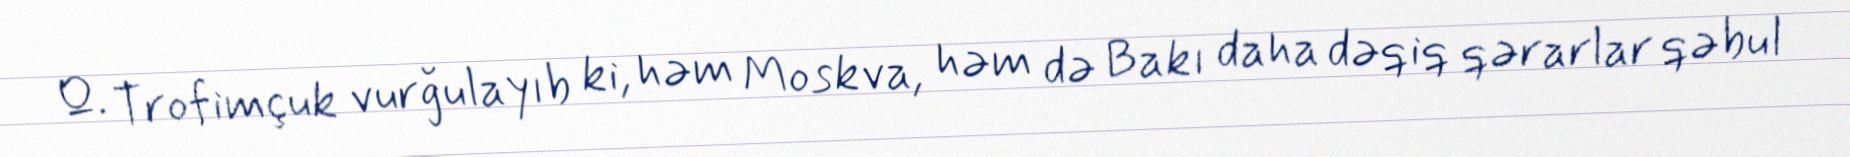
Q. Trofimçuk vurğulayıb ki, həm Moskva, həm də Bakı daha dəqiq qərarlar qəbul